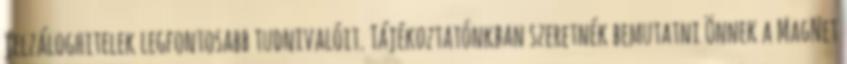
jelzáloghitelek legfontosabb tudnivalóit. Tájékoztatónkban szeretnék bemutatni Önnek a MagNet